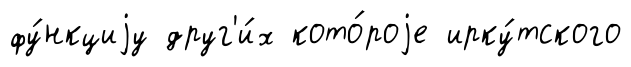
фу́нкциjу друг'и́х кото́роjе ирку́тского